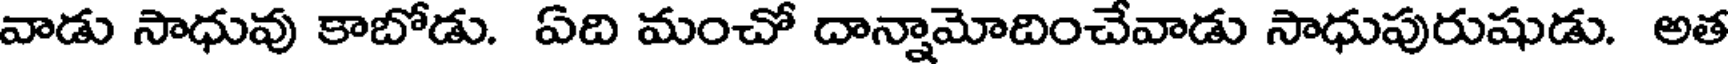
వాడు సాధువు కాబోడు. ఏది మంచో దాన్నామోదించేవాడు సాధుపురుషుడు. అత